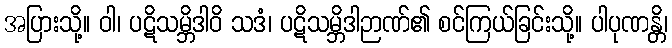
အပြားသို့။ ဝါ၊ ပဋိသမ္ဘိဒါဝိ သဒံ၊ ပဋိသမ္ဘိဒါဉာဏ်၏ စင်ကြယ်ခြင်းသို့။ ပါပုဏန္တိ၊